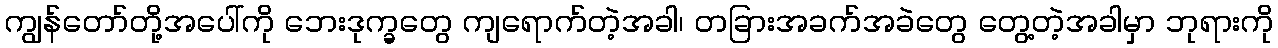
ကျွန်တော်တို့အပေါ်ကို ဘေးဒုက္ခတွေ ကျရောက်တဲ့အခါ၊ တခြားအခက်အခဲတွေ တွေ့တဲ့အခါမှာ ဘုရားကို